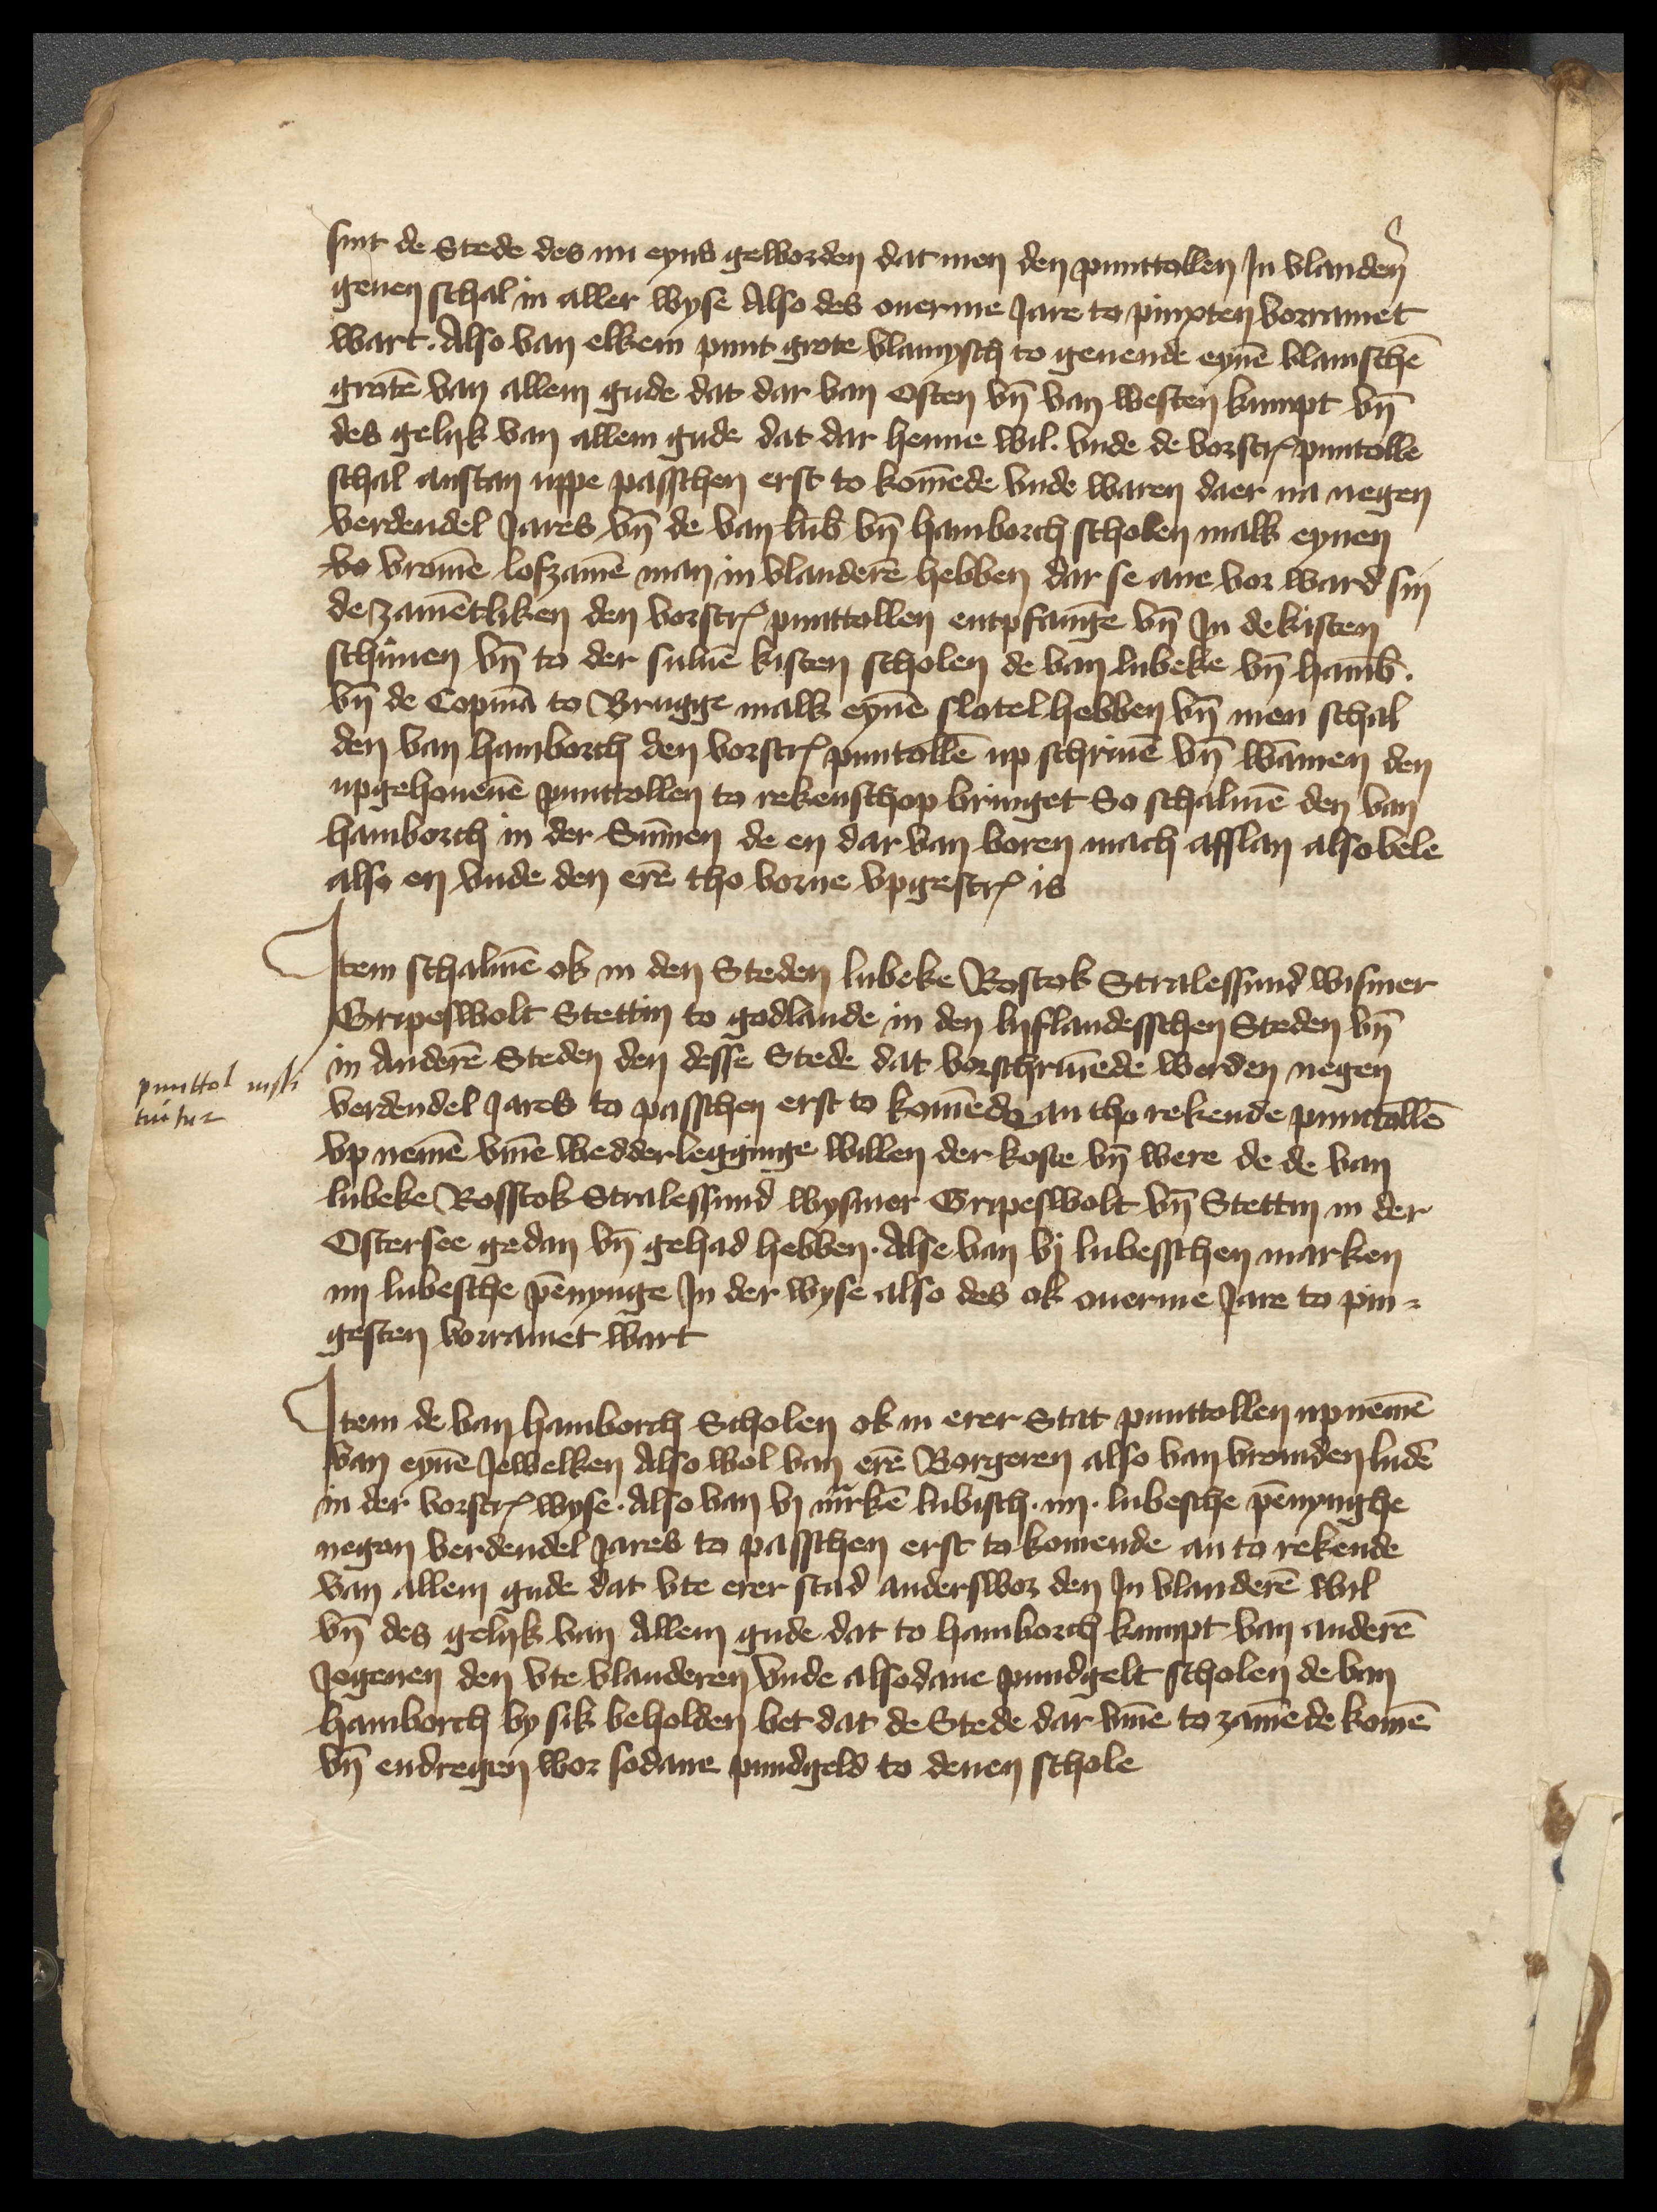
sint de Stede des nu eyns geworden dat men den punttollen Jn Vlanderen
geuen schal in aller wyse Also des ouerme Jare to pinxten vorramet
wart Also van elkem punt grote vlamesch to geuende eynen vlamsschen
groten van allem gude dat dar van Osten vnd van westen kumpt vnd
des gelyk van allem gude dat dar henne wil vnde de vorscreuen punttolle
schal anstan vppe passchen erst to komende vnde waren daer na negen
verdendel Jares vnd de van Lubeke vnd Hamborch scholen malk eynen
vo vromen loszamen man in Vlanderen hebben dar se ane vor ward sin
de zamentliken den vorscreuen punttollen entpfangen vnd Jn de kisten
schunen vnd to der suluen kisten scholen de van Lubeke vnd Hamborg
vnd de Copman to Brugge malk eynen slatel hebben vnd men schal
den van Hamborch den vorscreuen punttollen up schriuen vnd wammen den
upgehouenen punttollen to rekenschop bringet So schalmen den van
Hamborch in der Summen de en dar van boren mach afflan also vele
also en vnde den eren tho vorne vpgescreuen is

Jtem schalmen ok in den Steden Lubeke Rostok Stralessund Wismer
Gripeswolt Stettin to Godlande in den lyflandesschen Steden vnd
in Anderen Steden den desse Stede dat vorschriuende worden negen
verdendel Jares to passchen erst to komende an tho rekende punttollen
vp nemen vmme wedderlegginge willen der koste vnd were de de van
Lubeke Rosstok Stralessund Wysmer Gripeswolt vnd Stettin in der
Ostersee gedan vnd gehad hebben. Alse van vj Lubesschen marken
iiij Lubesche pennynge Jn der wyse also des ok ouerme Jare to pin¬
gesten vorramet wart

punttol insti
tui tur

Jtem de van Hamborch Scholen ok in erer Stat punttollen upnemen
van eynen Jewelken Also wol van eren Borgeren also van vremden luden
an der vorscreuen wyse Also van vj marken Lubisch. iiij. Lubessche pennynghe
negen verdendel Jares to passchen erst to komende an to rekende
van allem gude dat vte erer stad anderswor den Jn Vlanderen wil
vnd des gelyk van Allem gude dat to Hamborch kumpt van anderen
Jegenen den vte Vlanderen vnde alsodane pundgelt scholen de van
Hamborch by sik beholden bet dat de Stede dar vmme to zamende komen
vnd endregen wor sodane pundgeld to denen schole